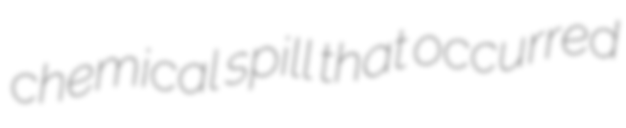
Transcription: chemical spill that occurred